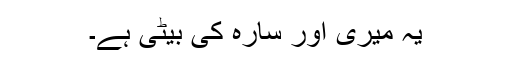
یہ میری اور سارہ کی بیٹی ہے۔